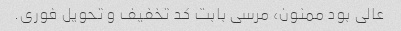
عالی بود ممنون، مرسی بابت کد تخفیف و تحویل فوری.